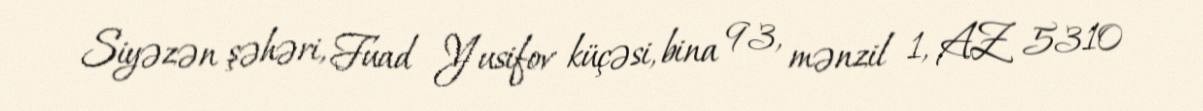
Siyəzən şəhəri, Fuad Yusifov küçəsi, bina 93, mənzil 1, AZ 5310